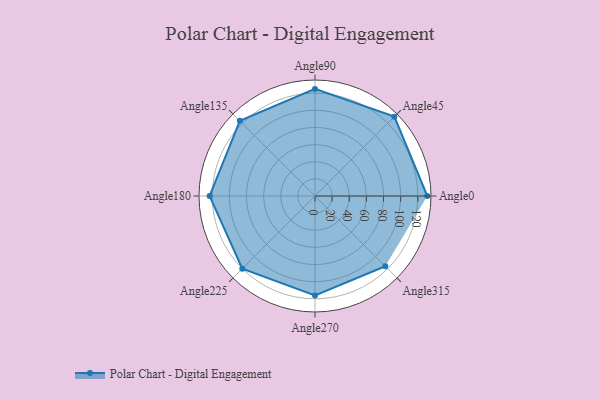
{"axis": {"x": "Angle", "y": "Radius"}, "legend": [""], "data": [{"x": "Angle0", "y": 131.0, "type": ""}, {"x": "Angle45", "y": 131.0, "type": ""}, {"x": "Angle90", "y": 125.0, "type": ""}, {"x": "Angle135", "y": 124.0, "type": ""}, {"x": "Angle180", "y": 123.0, "type": ""}, {"x": "Angle225", "y": 120.0, "type": ""}, {"x": "Angle270", "y": 116.0, "type": ""}, {"x": "Angle315", "y": 116.0, "type": ""}]}